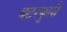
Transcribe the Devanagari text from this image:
बटरफुली